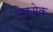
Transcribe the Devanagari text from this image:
मेकमेक